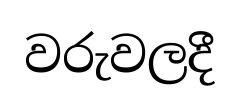
වරුවලදී